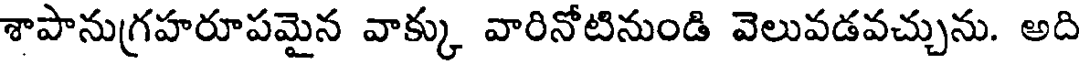
శాపానుగ్రహరూపమైన వాక్కు వారినోటినుండి వెలువడవచ్చును. అది